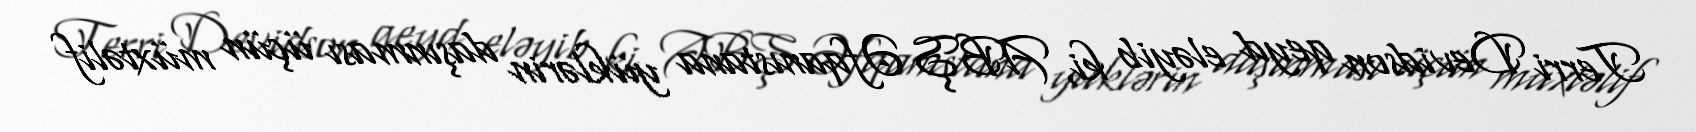
Terri Devidson qeyd eləyib ki, ABŞ Əfqanıstana yüklərin daşınması üçün müxtəlif